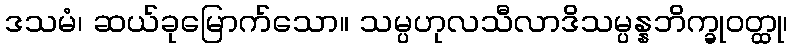
ဒသမံ၊ ဆယ်ခုမြောက်သော။ သမ္ပဟုလသီလာဒိသမ္ပန္နဘိက္ခုဝတ္ထု၊